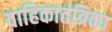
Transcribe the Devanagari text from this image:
वाहिकातंत्रिका